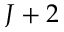
J + 2